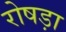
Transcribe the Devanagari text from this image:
रोषड़ा